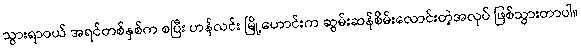
သွားရာဝယ် အရင်တစ်နှစ်က စပြီး ဟန်လင်း မြို့ဟောင်းက ဆွမ်းဆန်စိမ်းလောင်းတဲ့အလုပ် ဖြစ်သွားတာပါ။